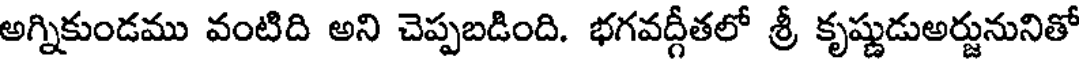
అగ్నికుండము వంటిది అని చెప్పబడింది. భగవద్గీతలో శ్రీ కృష్ణుడుఅర్జునునితో